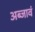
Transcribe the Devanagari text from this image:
अब्जावं